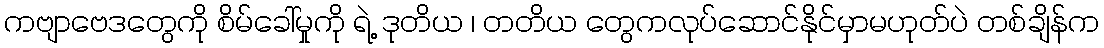
ကဗျာဗေဒတွေကို စိမ်ခေါ်မှုကို ရဲ့ ဒုတိယ ၊ တတိယ တွေကလုပ်ဆောင်နိုင်မှာမဟုတ်ပဲ တစ်ချိန်က